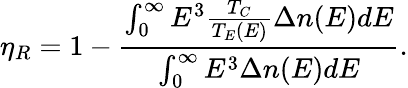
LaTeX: \eta_{R}=1-\frac{\int_{0}^{\infty}E^{3}\frac{T_{C}}{T_{E}(E)}\Delta n(E)dE}{\int_{0}^{\infty}E^{3}\Delta n(E)dE}.